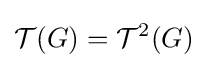
{\mathcal {T}}(G)={\mathcal {T}}^{2}(G)